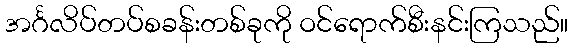
အင်္ဂလိပ်တပ်စခန်းတစ်ခုကို ဝင်ရောက်စီးနင်းကြသည်။